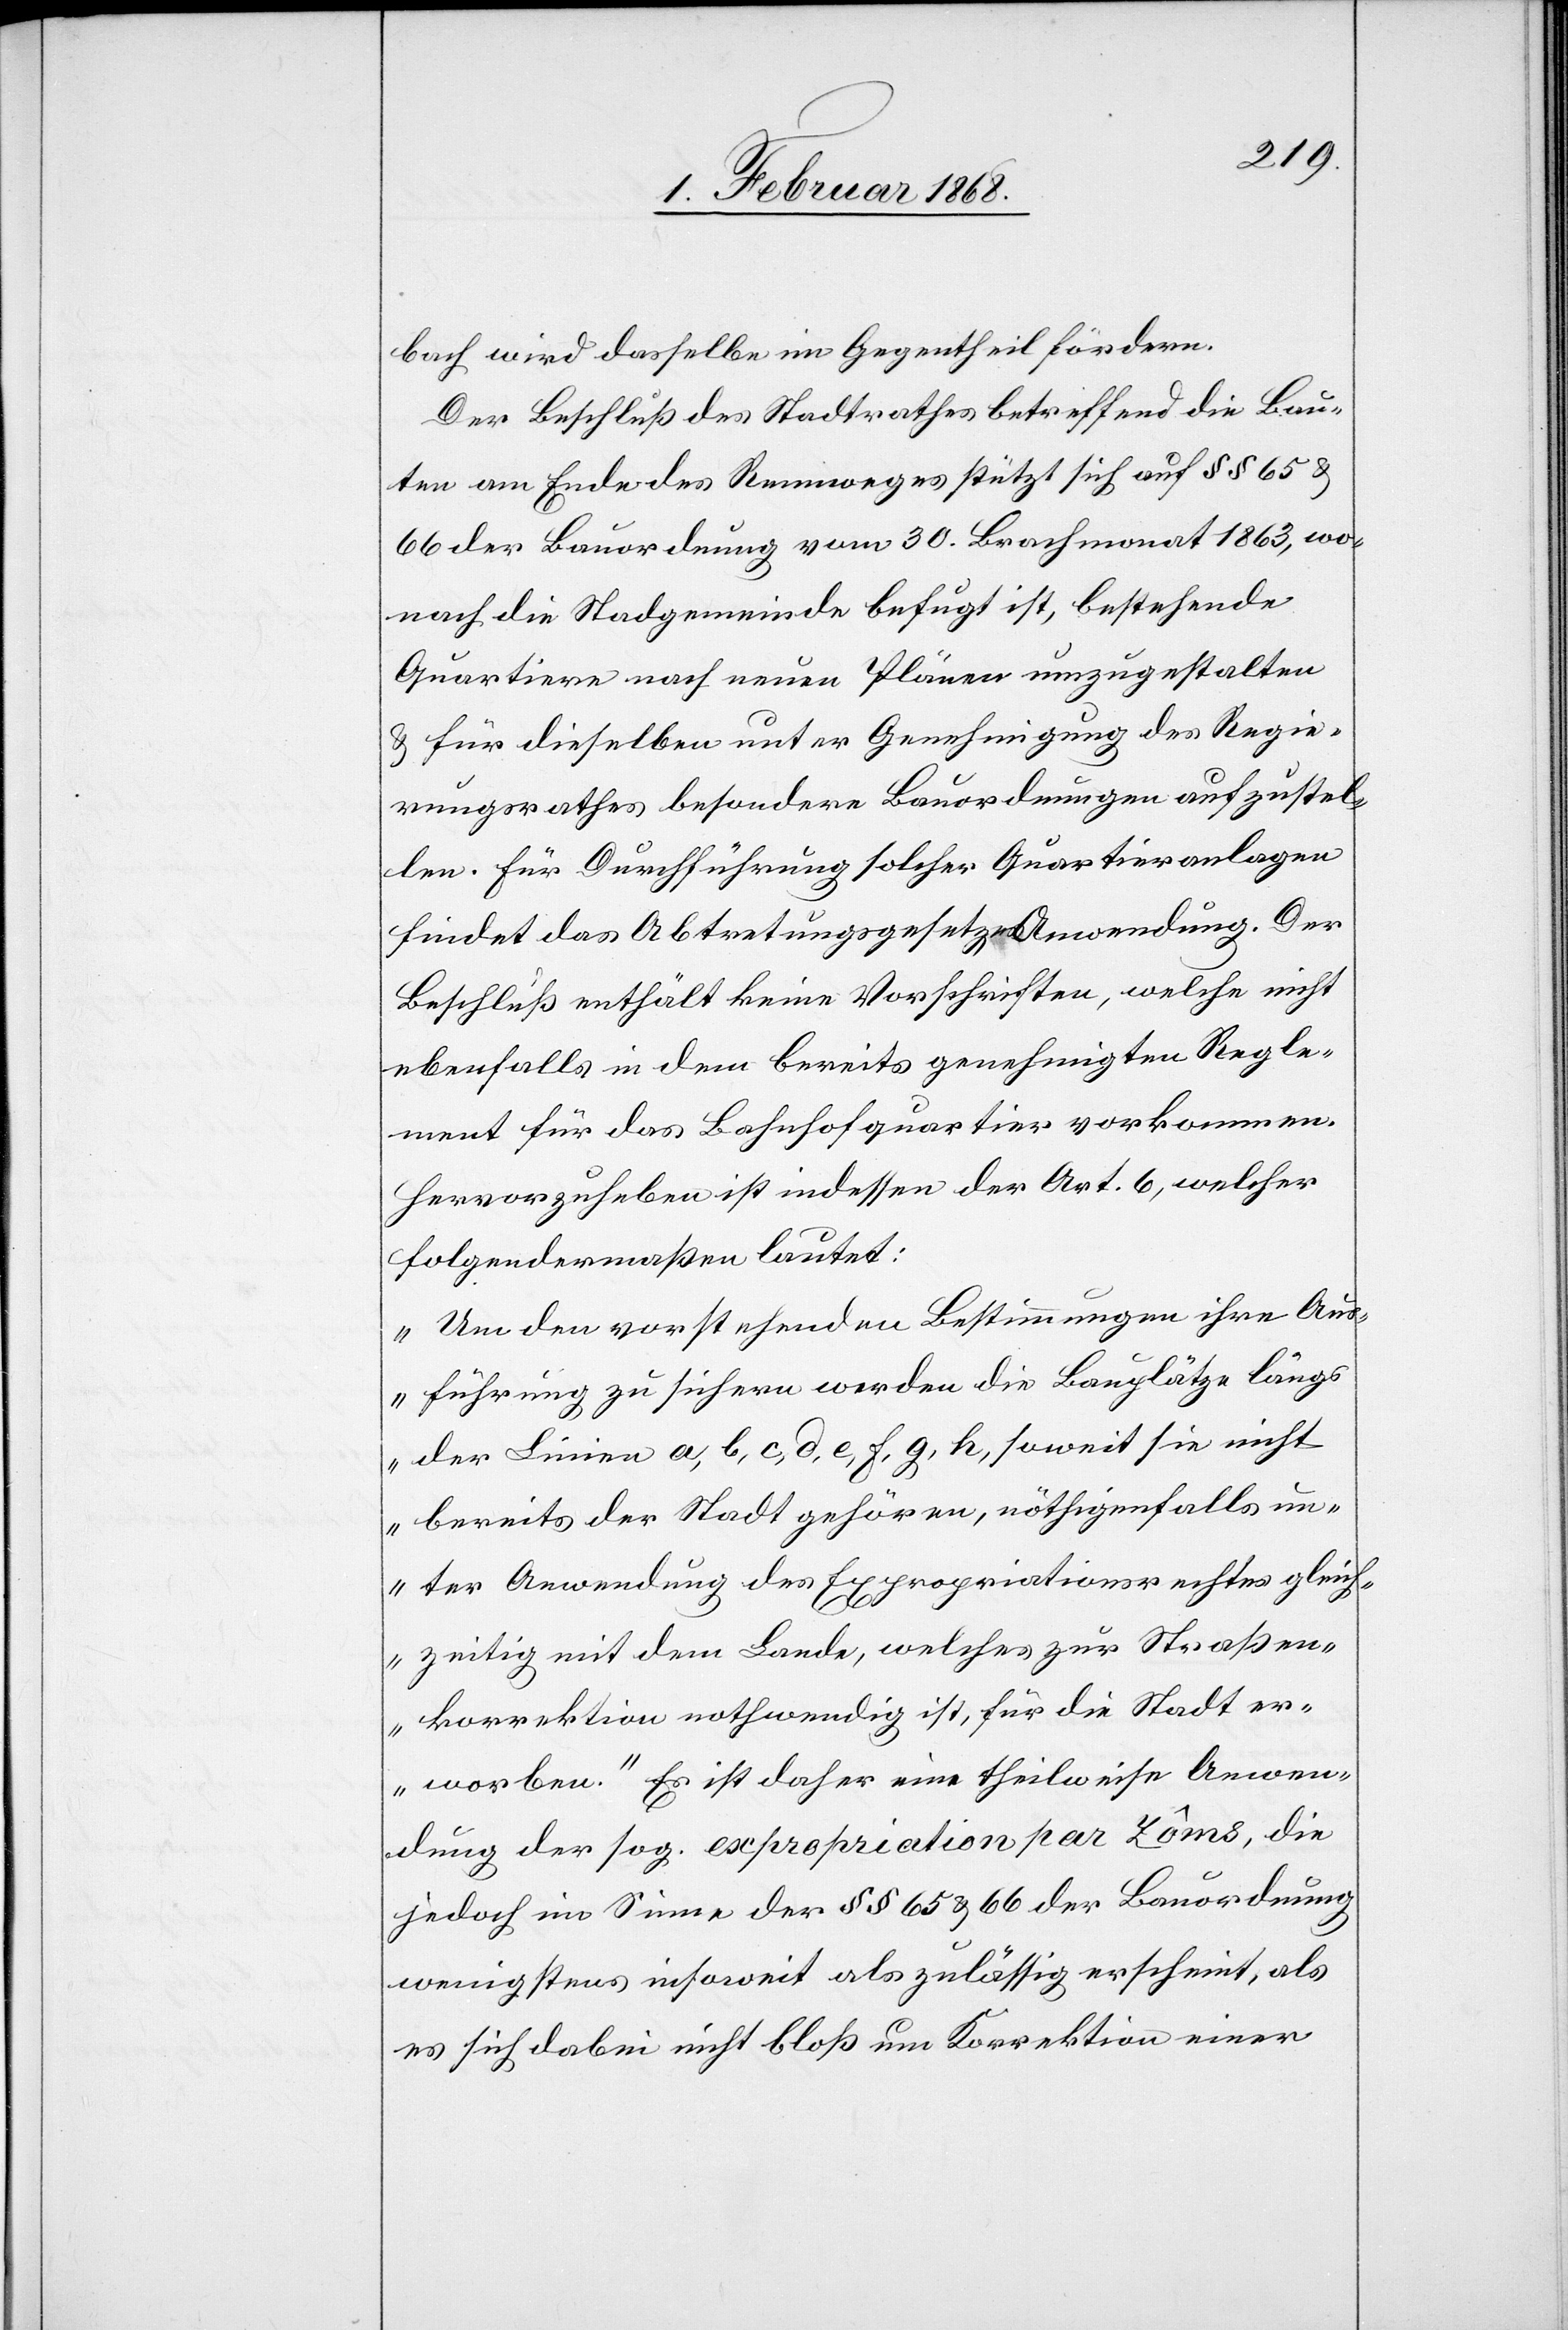
bach wird dasselbe im Gegentheil fördern.
Der Beschluß des Stadtrathes betreffend die Bau¬
ten am Ende des Rennweges stützt sich auf §§ 65 &
66 der Bauordnung vom 30. Brachmonat 1863, wo¬
nach die Stad[t]gemeinde befugt ist, bestehende
Quartiere nach neuen Plänen umzugestalten
& für dieselben unter Genehmigung des Regie¬
rungsrathes besondere Bauordnungen aufzustel¬
len. Für Durchführung solcher Quartieranlagen
findet das Abtretungsgesetz Anwendung. Der
Beschluß enthält keine Vorschriften, welche nicht
ebenfalls in dem bereits genehmigten Regle¬
ment für das Bahnhofquartier vorkommen.
Hervorzuheben ist indessen der Art. 6, welcher
folgendermaßen lautet:
„Um den vorstehenden Bestimmungen ihre Aus¬
führung zu sichern werden die Bauplätze längs
der Linien a, b, c, d, e, f, g, h, soweit sie nicht
bereits der Stadt gehören, nöthigenfalls un¬
ter Anwendung des Expropriationsrechtes gleich¬
zeitig mit dem Lande, welches zur Straßen¬
korrektion nothwendig ist, für die Stadt er¬
worben.“ Es ist daher eine theilweise Anwen¬
dung der sog. expropriation par zôms [recte:
jedoch im Sinne der §§ 65 & 66 der Bauordnung
wenigstens insoweit als zulässig erscheint, als
es sich dabei nicht bloß um Korrektion einer